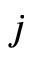
j